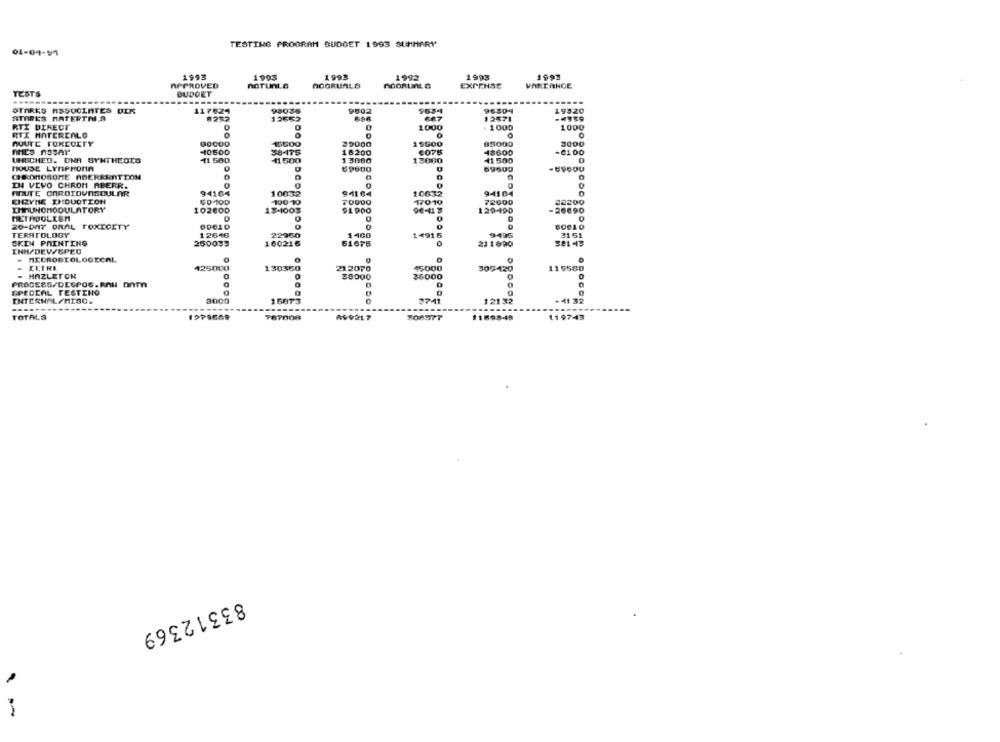
TESTING PROGRAM BUDGET 1993 SUMMARY
01-09-11
1993
1993
1993
1993
1992
1993
APPROVED
noTunLa
AGGRUALS
nGORUnL &
EXPENSE
VAREANGE
TESTS
BUDGET
-------
STARES ASSOCIATES DER
117524
9502
96504
19520
ATORES HATERTHIS
#232
12655
696
RTI DIRECT
1000
1000
1000
RTX MATEREALG
ROUTE FOXECITY
000OD
15500
o
1.600
85000
AHLS ASSAY
-10500
30-175
18600
UNSCHED. DNA SYNTHEOIS
11 580
13600
41 56
HOUSE LYMPHOMA
89500
CHROMOSOME ABERERATION
IN VIVO CHROM ABERR.
ROUTE CARDIOVASCULAR
94104
CHRYME INDUCTION
60-100
10000
10832
CHNUNGMODULATORY
70000
102600
120-400
-20000
METFOOLISH
20-DAY DRAL TOXICITY
ODBLO
TERATOLOGY
1400
SKIN PAINTING
250099
160216
1-491 º
INN/DEWOPEC
- MICROBIOLOGICAL
ELTRE
425000
119568
- HAZLETON
21.207
5000
PROGESS/DEGPOS.RAW DATA
SPEDEAL FESTINO
INTERNAL/MESC.
8000
1687
374
1215
---------
TOTALS
767008
00021 7
83312369